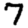
Digit: 7